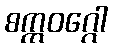
စက္ကဝဂ္ဂေါ